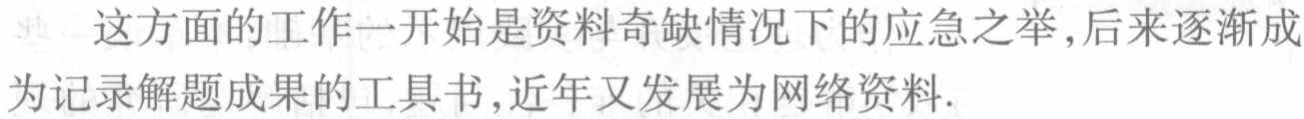
这方面的工作一开始是资料奇缺情况下的应急之举,后来逐渐成为记录解题成果的工具书,近年又发展为网络资料.